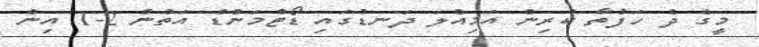
މީގެ ދެ ހަފުތާ ކުރިން އަމިއްލަ ދަނޑުގައި ޑޯޓްމަންޑް އަތުން 2-1 އިން